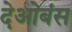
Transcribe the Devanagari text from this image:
देओबंस